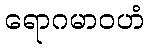
ရောဂမာဝဟံ